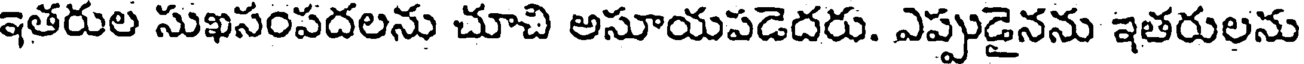
ఇతరుల సుఖసంపదలను చూచి అసూయపడెదరు. ఎప్పుడైనను ఇతరులను